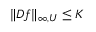
\| D f \| _ { \infty , U } \leq K